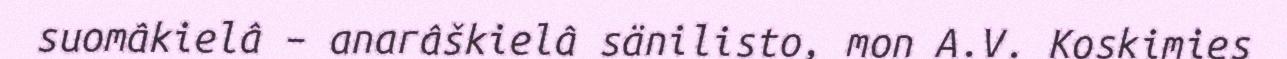
suomâkielâ – anarâškielâ sänilisto, mon A.V. Koskimies